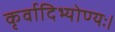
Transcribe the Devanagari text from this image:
कृर्वादिभ्योण्यः।